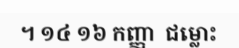
។ ១៤ ១៦ កញ្ញា  ជម្លោះ